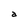
Character: a